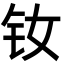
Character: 钕